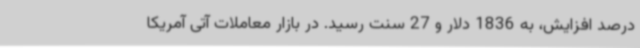
درصد افزایش، به 1836 دلار و 27 سنت رسید. در بازار معاملات آتی آمریکا